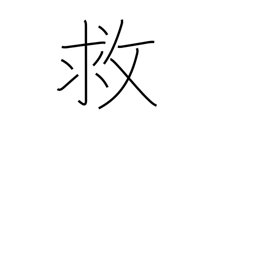
Meaning: help